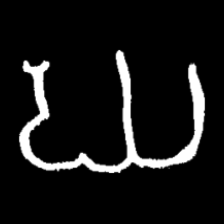
Pyu character \u2014 Myanmar letter: ဃ (romanized: gha)